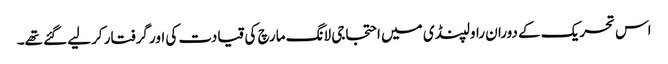
اس تحریک کے دوران راولپنڈی میں احتجاجی لانگ مارچ کی قیادت کی اور گرفتار کرلیے گئے تھے۔